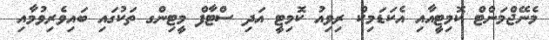
މެނޭޖްމަންޓް ކޮމިޓީއާއި އެކަޑަމިކް ރިވިއު ކޮމިޓީ އަދި ސްޓާފް މީޓިންގ ތަކުގައި ބައިވެރިވުމާއި